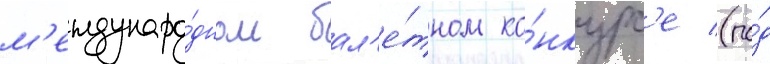
м'еждунаро́дном бал'е́тном ко́нкурс'е (по́д